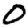
Digit: 0